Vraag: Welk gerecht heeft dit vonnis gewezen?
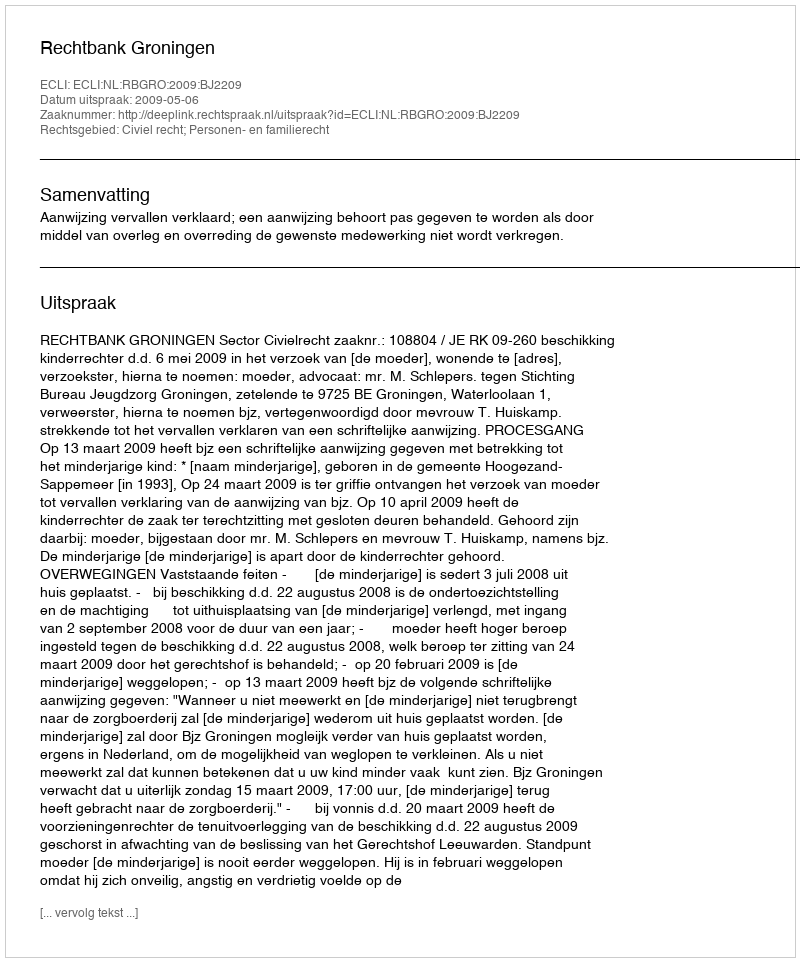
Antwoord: Rechtbank Groningen